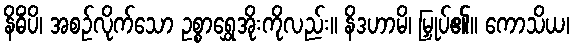
နိဓိံပိ၊ အစဉ်လိုက်သော ဥစ္စာရွှေအိုးကိုလည်း။ နိဒဟာမိ၊ မြှုပ်၏။ ကောသိယ၊